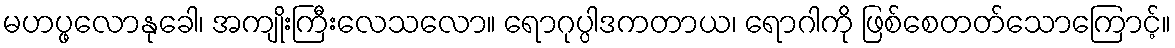
မဟပ္ဖလောနုခေါ၊ အကျိုးကြီးလေသလော။ ရောဂုပ္ပါဒကတာယ၊ ရောဂါကို ဖြစ်စေတတ်သောကြောင့်။